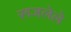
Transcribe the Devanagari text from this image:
रूजलेले